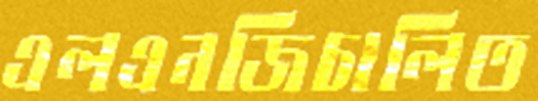
এলএনজিচালিত